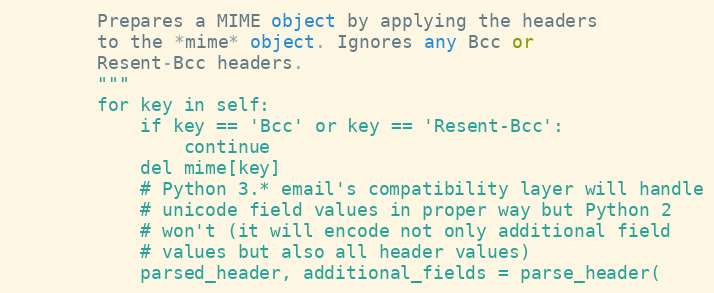
Language: Python
        Prepares a MIME object by applying the headers
        to the *mime* object. Ignores any Bcc or
        Resent-Bcc headers.
        """
        for key in self:
            if key == 'Bcc' or key == 'Resent-Bcc':
                continue
            del mime[key]
            # Python 3.* email's compatibility layer will handle
            # unicode field values in proper way but Python 2
            # won't (it will encode not only additional field
            # values but also all header values)
            parsed_header, additional_fields = parse_header(